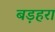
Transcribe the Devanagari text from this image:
बड़हरा